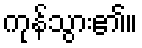
ကုန်သွား၏။